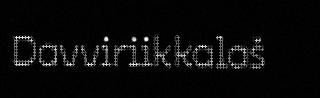
Davviriikkalaš